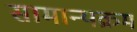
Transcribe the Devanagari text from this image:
सामान्यक्रम